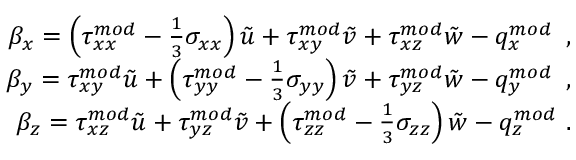
\begin{array} { r } { \beta _ { x } = \left( { \tau } _ { x x } ^ { m o d } - \frac { 1 } { 3 } \sigma _ { x x } \right) \tilde { u } + { \tau } _ { x y } ^ { m o d } \tilde { v } + { \tau } _ { x z } ^ { m o d } \tilde { w } - { q } _ { x } ^ { m o d } \, \mathrm { ~ , ~ } } \\ { \beta _ { y } = { \tau } _ { x y } ^ { m o d } \tilde { u } + \left( { \tau } _ { y y } ^ { m o d } - \frac { 1 } { 3 } \sigma _ { y y } \right) \tilde { v } + { \tau } _ { y z } ^ { m o d } \tilde { w } - { q } _ { y } ^ { m o d } \, \mathrm { ~ , ~ } } \\ { \beta _ { z } = { \tau } _ { x z } ^ { m o d } \tilde { u } + { \tau } _ { y z } ^ { m o d } \tilde { v } + \left( { \tau } _ { z z } ^ { m o d } - \frac { 1 } { 3 } \sigma _ { z z } \right) \tilde { w } - { q } _ { z } ^ { m o d } \mathrm { ~ . ~ } } \end{array}